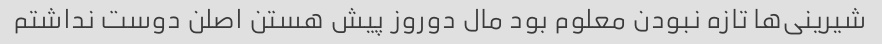
شیرینی‌ها تازه نبودن معلوم بود مال دوروز پیش هستن اصلن دوست نداشتم